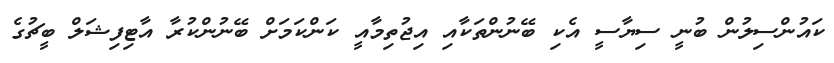
ކައުންސިލުން ބުނީ ސިޔާސީ އެކި ބޭނުންތަކާއި އިޖުތިމާއީ ކަންކަމަށް ބޭނުންކުރާ އާޓިފިޝަލް ބީޗުގެ